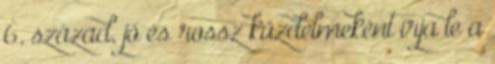
6. század, jó és rossz küzdelmeként írja le a